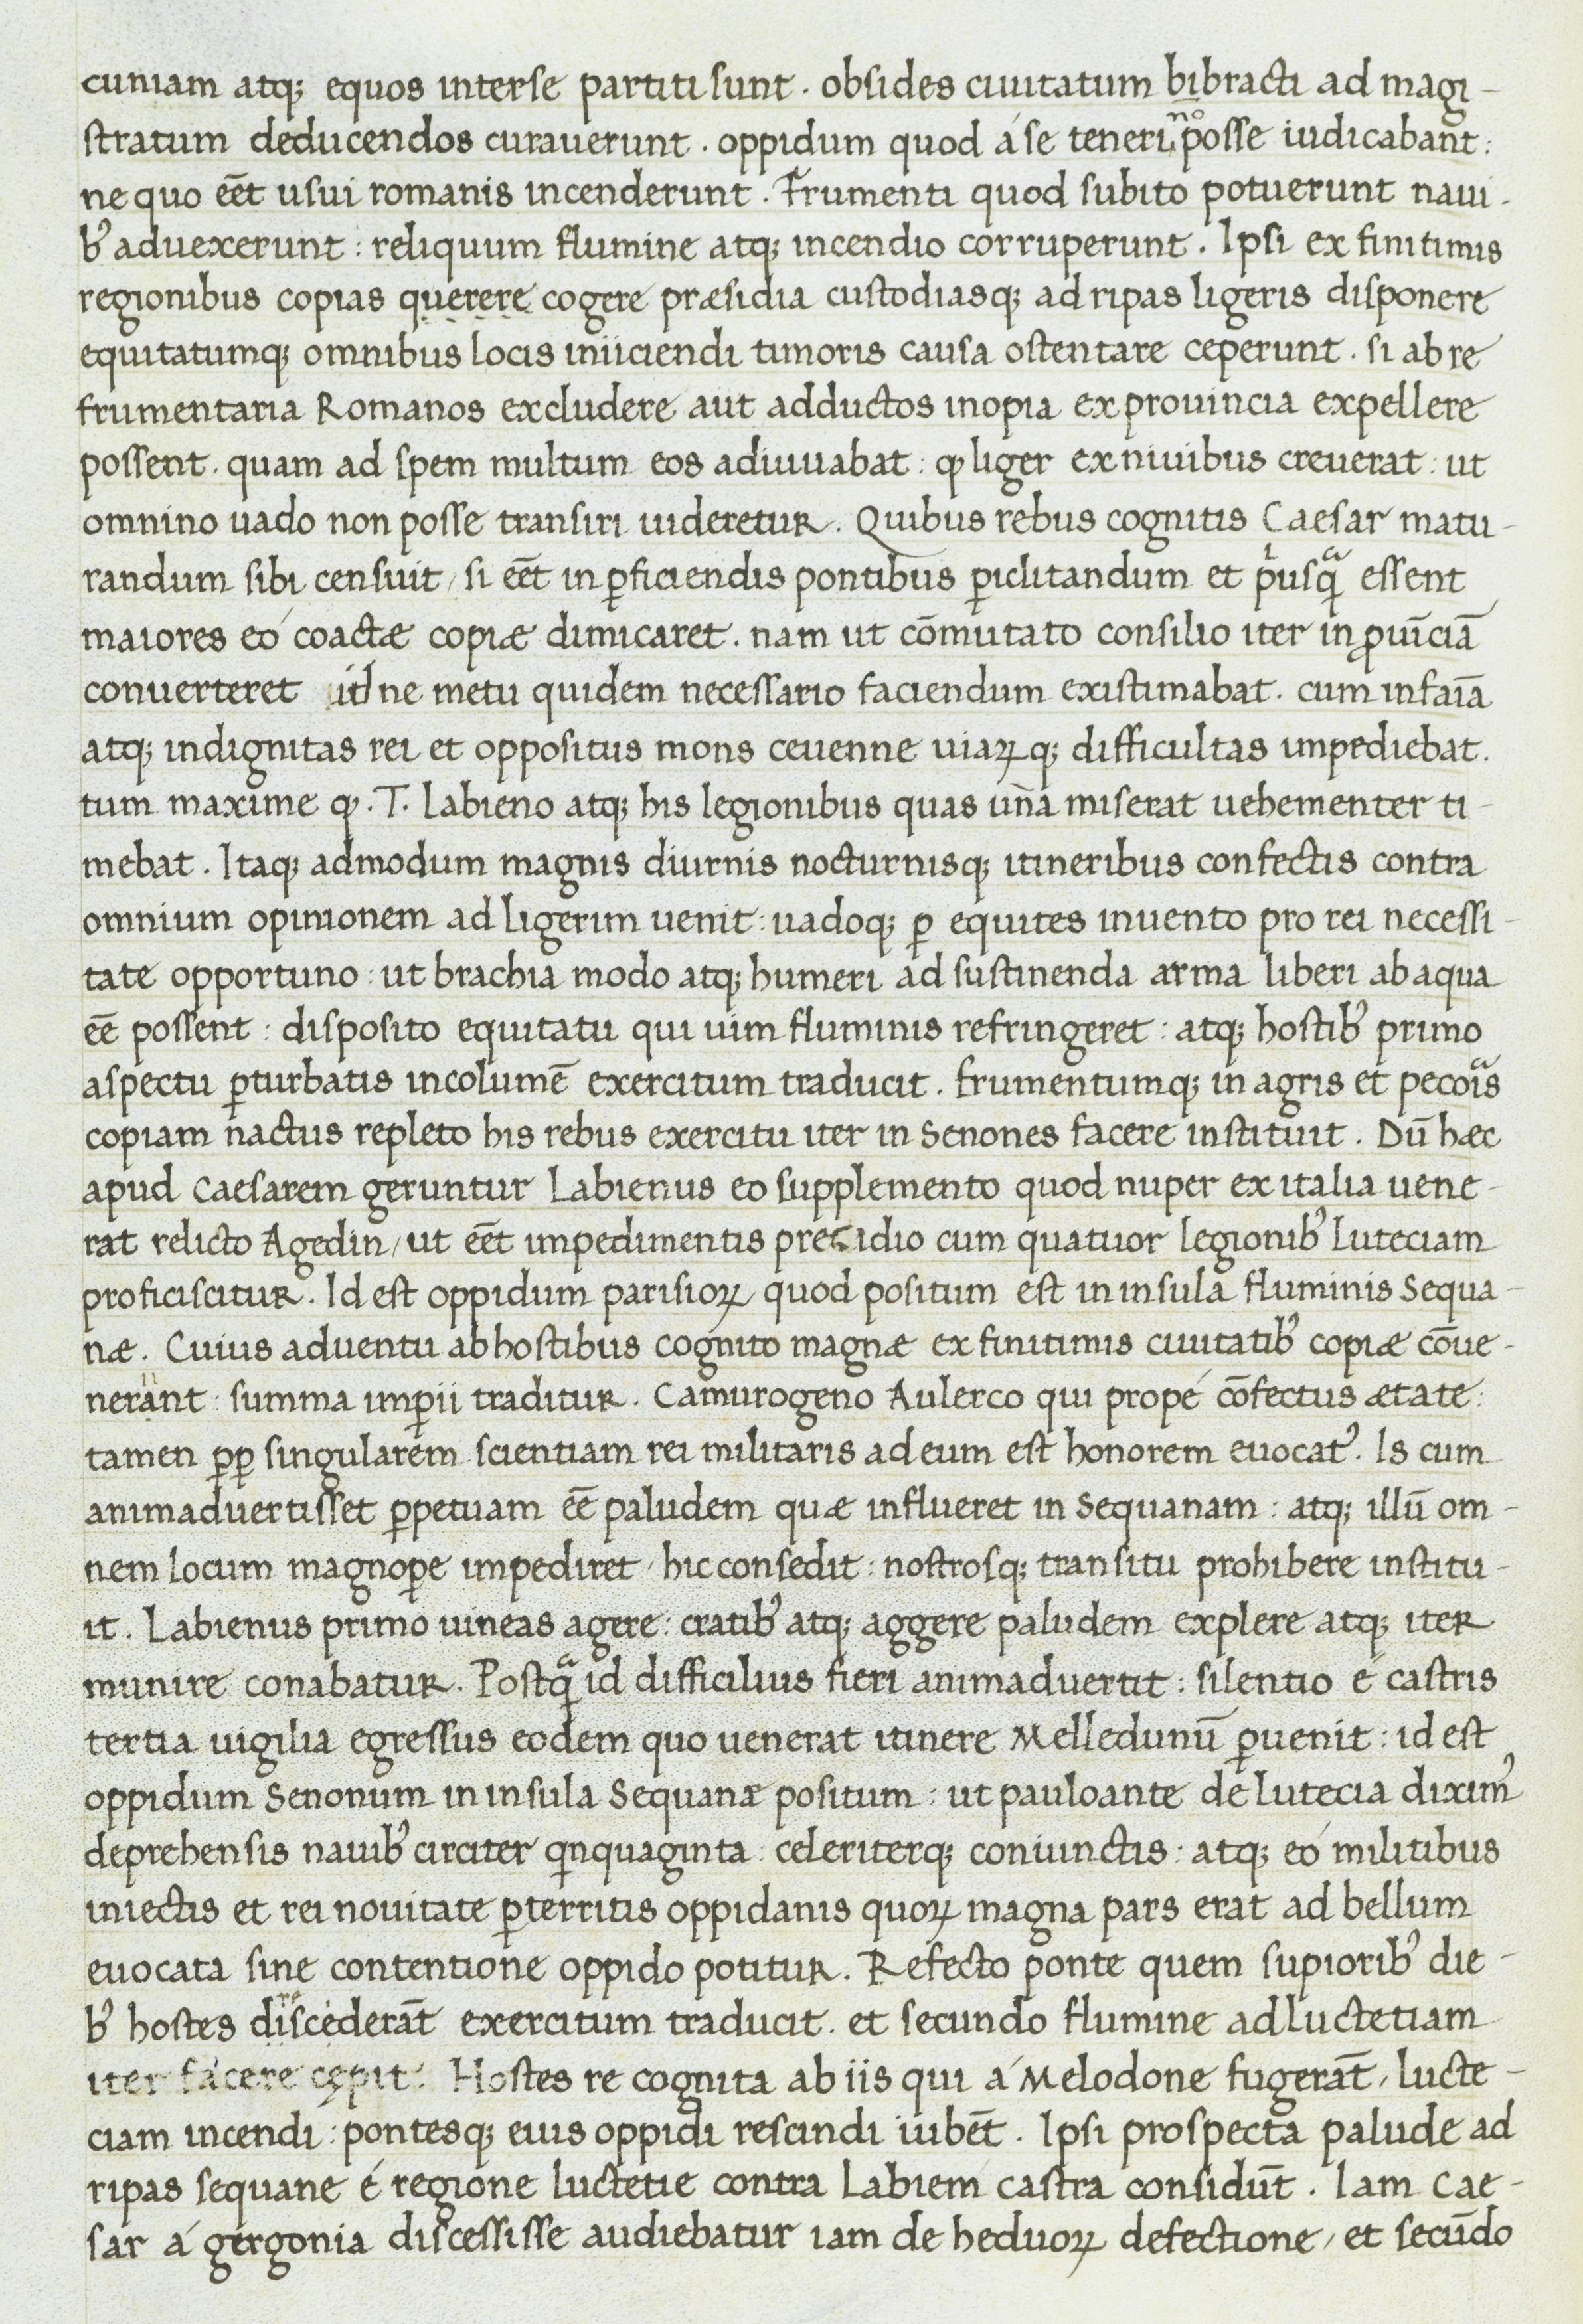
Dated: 1400–1499